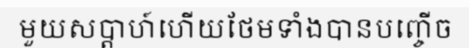
មួយសប្តាហ៍ហើយថែមទាំងបានបញ្ចើច